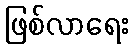
ဖြစ်လာရေး